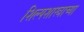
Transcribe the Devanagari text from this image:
शिल्पशास्त्राच्या